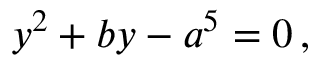
y ^ { 2 } + b y - a ^ { 5 } = 0 \, ,